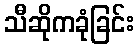
သီဆိုကခုံခြင်း